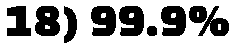
18) 99.9%